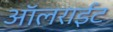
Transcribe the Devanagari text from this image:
ऑलराईट